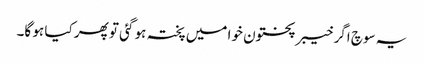
یہ سوچ اگر خیبر پختون خوا میں پختہ ہو گئی تو پھر کیا ہو گا۔